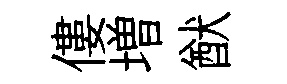
僂増猷